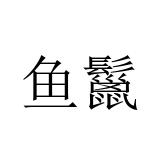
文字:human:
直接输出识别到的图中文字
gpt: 鱼鬣